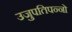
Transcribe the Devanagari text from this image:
उजुपतिपन्नो